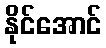
နိုင်အောင်